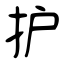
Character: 护